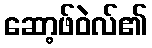
ဆော့ဖ်ဝဲလ်၏